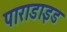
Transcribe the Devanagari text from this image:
पाराडाइड